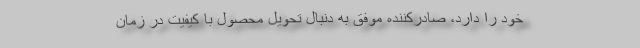
خود را دارد، صادرکننده موفق به دنبال تحویل محصول با کیفیت در زمان